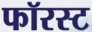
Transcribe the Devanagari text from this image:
फॉरस्ट